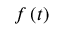
f \left( t \right)